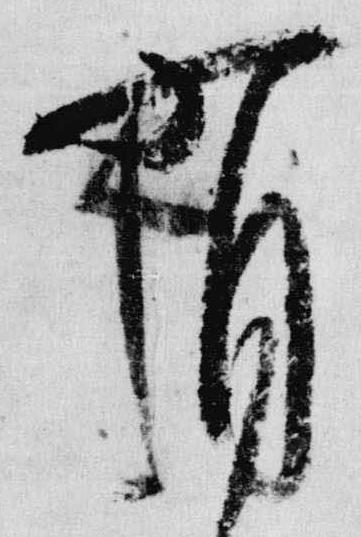
有